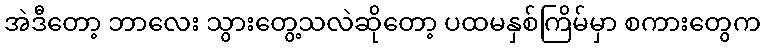
အဲဒီတော့ ဘာလေး သွားတွေ့သလဲဆိုတော့ ပထမနှစ်ကြိမ်မှာ စကားတွေက